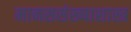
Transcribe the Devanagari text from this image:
मानससंख्याशास्त्र